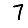
Digit: 7